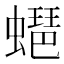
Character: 𧑡